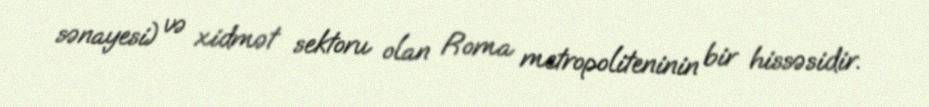
sənayesi) və xidmət sektoru olan Roma metropoliteninin bir hissəsidir.